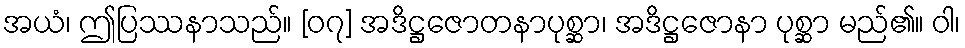
အယံ၊ ဤပြဿနာသည်။ [၀၇] အဒိဋ္ဌဇောတနာပုစ္ဆာ၊ အဒိဋ္ဌဇောနာ ပုစ္ဆာ မည်၏။ ဝါ၊